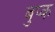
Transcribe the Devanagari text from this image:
बुप्क